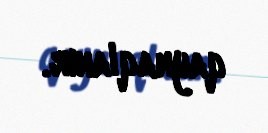
qaynaqlanır.